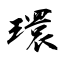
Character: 環